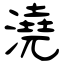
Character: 澆